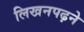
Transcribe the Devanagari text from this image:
लिखनपढ़ने